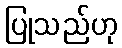
ပြုသည်ဟု